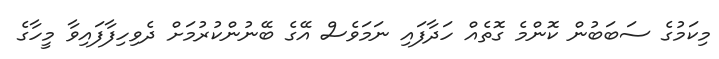
މިކަމުގެ ސަބަބުން ކޮންމެ ގޮތެއް ހަދާފައި ނަމަވެސް އޭގެ ބޭނުންކުރުމަށް ދެވިހިފާފައިވާ މީހާގެ